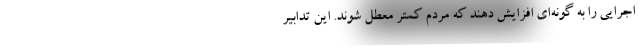
اجرایی را به گونه‌ای افزایش دهند که مردم کمتر معطل شوند. این تدابیر